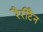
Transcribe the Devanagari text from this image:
रैरीटैन